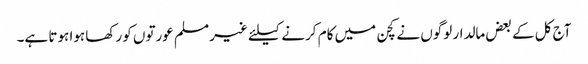
آج کل کے بعض مالدار لوگوں نے کچن میں کام کرنے کیلئے غیر مسلم عورتوں کو رکھا ہوا ہوتا ہے۔